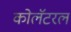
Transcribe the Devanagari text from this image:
कोलॅटरल